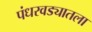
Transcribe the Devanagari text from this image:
पंधरवड्यातला